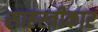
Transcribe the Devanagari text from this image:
साहस्त्रीकार